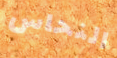
النحاس